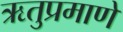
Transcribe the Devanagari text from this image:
ऋतुप्रमाणे